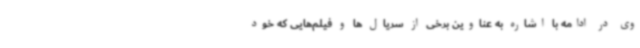
وی در ادامه با اشاره به عناوین برخی از سریال ها و فیلم‌هایی که خود